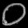
Digit: ၀